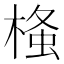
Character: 𭫂